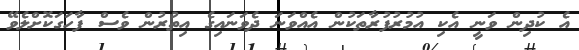
އެ ކުދިން ވަނީ އެކި އުމުރުފުރާތަކުން އެއްވަނަ ދެވަނައިގެ އިތުރުން ވެސް ފާހަގަކޮށްލެވޭ